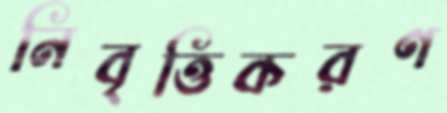
নিবৃত্তিকরণ